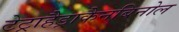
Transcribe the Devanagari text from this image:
टेट्राहैड्राकैनबिनोल